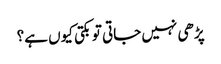
پڑھی نہیں جاتی تو بکتی کیوں ہے؟